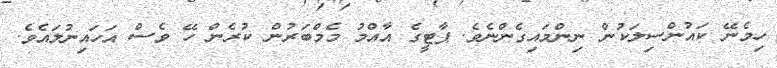
ހިމެނޭ ކައުންސިލަކުން ނިންމައިގެންނެވެ. ޕާޓީގެ އާއްމު މެމްބަރުން ކުރެން ހޭ ވެސް އަހައިނުލައެވެ.